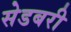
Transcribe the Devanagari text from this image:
सेडबरी